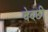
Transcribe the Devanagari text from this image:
वेदछी